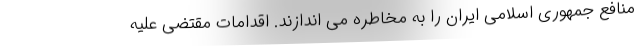
منافع جمهوری اسلامی ایران را به مخاطره می اندازند. اقدامات مقتضی علیه